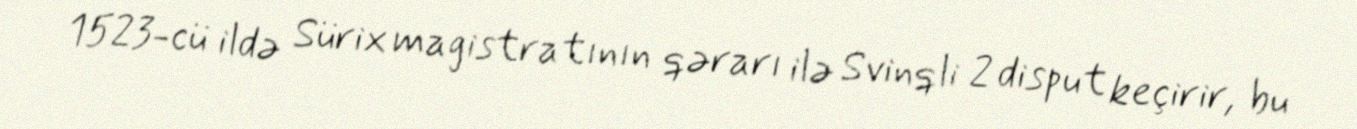
1523-cü ildə Sürix magistratının qərarı ilə Svinqli 2 disput keçirir, bu